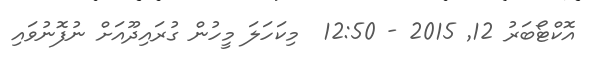
އޮކްޓޯބަރު 12